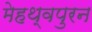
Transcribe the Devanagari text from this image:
मेहथ्वपुरन